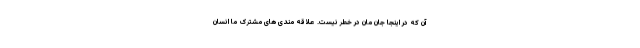
آن که در اینجا جان مان در خطر نیست. علاقه مندی های مشترک ما انسان